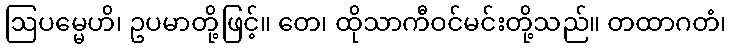
ဩပမ္မေဟိ၊ ဥပမာတို့ဖြင့်။ တေ၊ ထိုသာကီဝင်မင်းတို့သည်။ တထာဂတံ၊